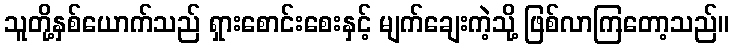
သူတို့နှစ်ယောက်သည် ရှားစောင်းစေးနှင့် မျက်ချေးကဲ့သို့ ဖြစ်လာကြတော့သည်။